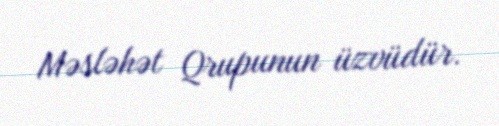
Məsləhət Qrupunun üzvüdür.